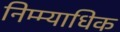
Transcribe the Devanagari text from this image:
निम्म्याधिक